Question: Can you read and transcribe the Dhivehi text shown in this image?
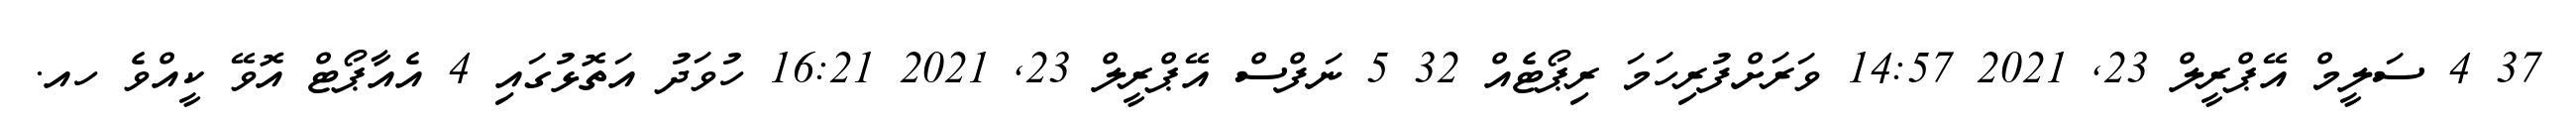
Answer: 37 4 ސަލީމް އޭޕްރީލް 23, 2021 14:57 ވަރަށްފުރިހަމަ ރިޕޯޓެއް 32 5 ނަފްސް އޭޕްރީލް 23, 2021 16:21 ހުވަދު އަތޮޅުގައި 4 އެއާޕޯޓް އޮވޭ ކީއްވެ ހއ.